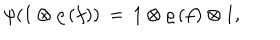
LaTeX: \psi ( 1 \otimes \varrho \, ( f ) ) \: = \: 1 \otimes \varrho \, ( f ) \otimes 1 ,